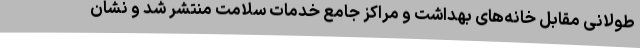
طولانی مقابل خانه‌های بهداشت و مراکز جامع خدمات سلامت منتشر شد و نشان